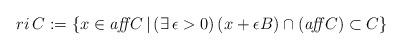
LaTeX: \begin{align*} ri\,C:=\{x\in \textit{aff}\,C\,|\,(\exists\,\epsilon>0)\,(x+\epsilon B)\cap(\textit{aff}\,C)\subset C\} \end{align*}